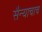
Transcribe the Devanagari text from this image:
सैन्याचाच